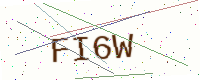
Text: FI6W